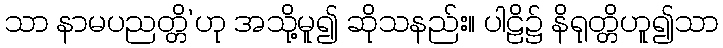
သာ နာမပညတ္တိ’ဟု အသို့မူ၍ ဆိုသနည်း။ ပါဠိ၌ နိရုတ္တိဟူ၍သာ